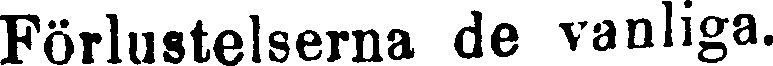
Förlustelserna de vanliga.